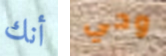
أنك وحي